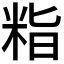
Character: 𮇖